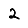
Digit: 2